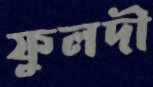
ফুলদী